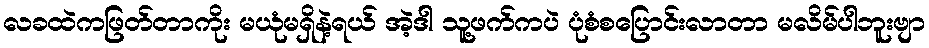
လခထဲကဖြတ်တာကိုး မယုံမရှိနဲ့ရယ် အဲ့ဒါ သူ့ဖက်ကပဲ ပုံစံစပြောင်းလာတာ မလိမ်ပါဘူးဗျာ